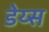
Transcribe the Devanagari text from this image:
डेय्स